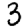
Digit: 3